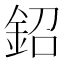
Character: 鉊